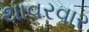
થાવરવાર